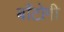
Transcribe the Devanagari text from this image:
बाँटोगी